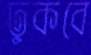
ঢুকবে